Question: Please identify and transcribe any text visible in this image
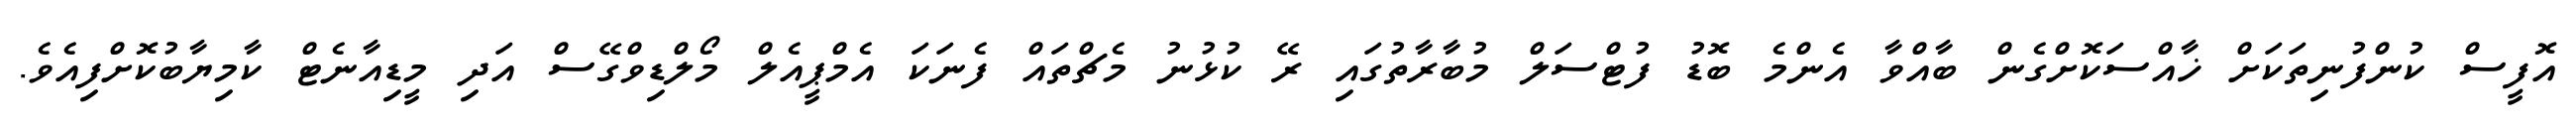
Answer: އޮފީސް ކުންފުނިތަކަށް ޚާއްސަކޮށްގެން ބާއްވާ އެންމެ ބޮޑު ފުޓްސަލް މުބާރާތުގައި ރޭ ކުޅުނު މެޗްތައް ފެނަކަ އެމްޕީއެލް މޯލްޑިވްގޭސް އަދި މީޑިއާނެޓް ކާމިޔާބުކޮށްފިއެވެ.